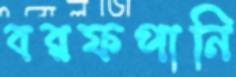
বরফপানি